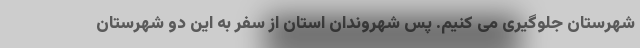
شهرستان جلوگیری می کنیم. پس شهروندان استان از سفر به این دو شهرستان